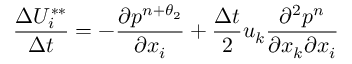
\frac { \Delta U _ { i } ^ { * * } } { \Delta t } = - \frac { \partial { { p } ^ { n + \theta _ { 2 } } } } { \partial { { x } _ { i } } } + \frac { \Delta t } { 2 } { { u } _ { k } } \frac { { { \partial } ^ { 2 } } { { p } ^ { n } } } { \partial { { x } _ { k } } \partial { { x } _ { i } } }